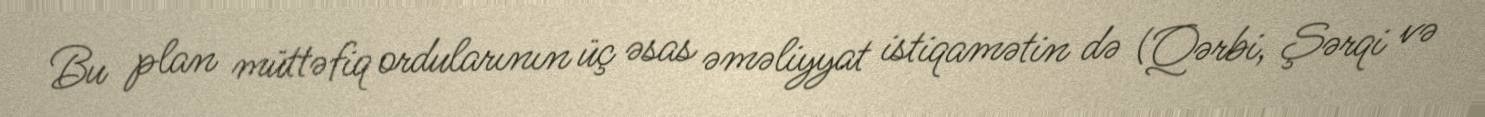
Bu plan müttəfiq ordularının üç əsas əməliyyat istiqamətin də (Qərbi, Şərqi və